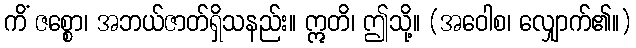
ကိံ ဇစ္စော၊ အဘယ်ဇာတ်ရှိသနည်း။ ဣတိ၊ ဤသို့။ (အဝေါစ၊ လျှောက်၏။)